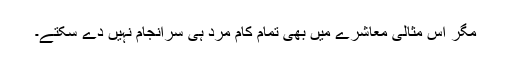
مگر اس مثالی معاشرے میں بھی تمام کام مرد ہی سرانجام نہیں دے سکتے۔